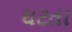
ઘટતા